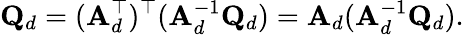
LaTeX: \mathbf{Q}_{d}=(\mathbf{A}_{d}^{\top})^{\top}(\mathbf{A}_{d}^{-1}\mathbf{Q}_{d})=\mathbf{A}_{d}(\mathbf{A}_{d}^{-1}\mathbf{Q}_{d}).